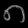
Digit: ၈